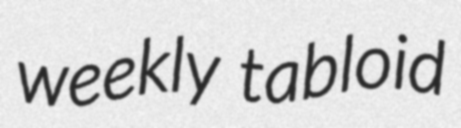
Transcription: weekly tabloid